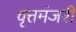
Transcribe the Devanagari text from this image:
वृत्तमंजरी